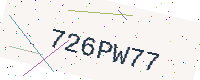
Text: 726PW77